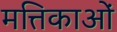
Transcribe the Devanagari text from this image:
मत्तिकाओं